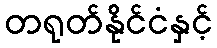
တရုတ်နိုင်ငံနှင့်